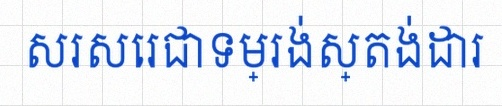
សរសេរជាទម្រង់ស្តង់ដារ